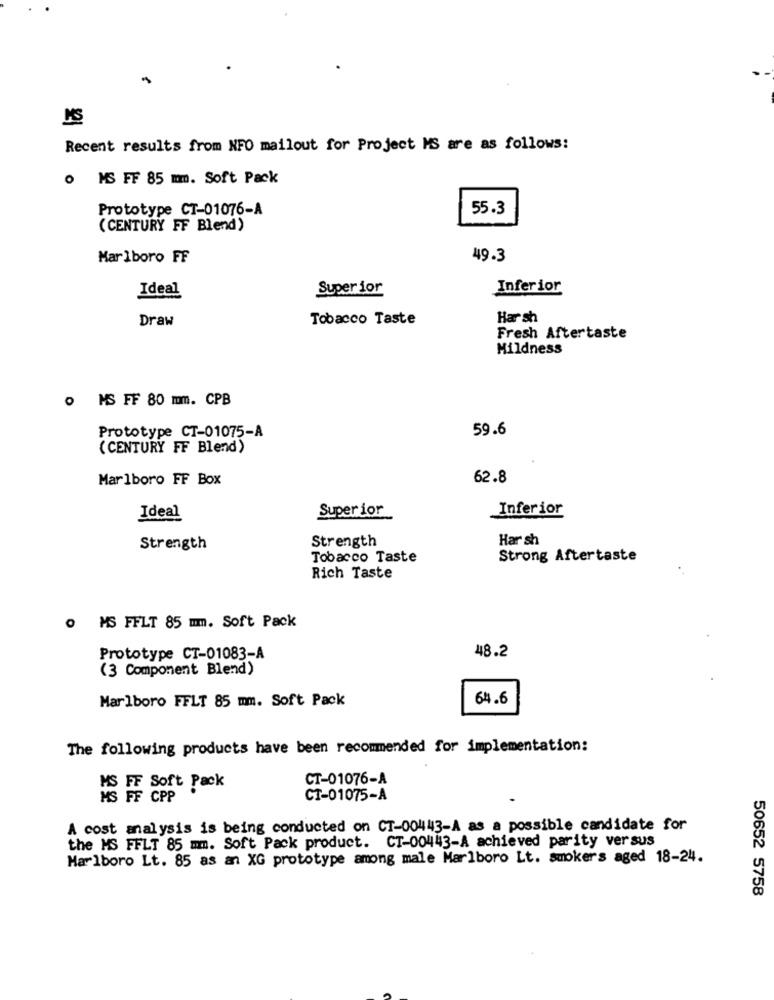
Recent results from NFO mailout for Project MS are as follows:
o MS FF 85 mm. Soft Pack
Prototype CT-01076-A
55.3
( CENTURY FF Blend)
Marlboro FF
49.3
Ideal
Super ior
Inferior
Draw
Tobacco Taste
Har sh
Fresh Aftertaste
Mildness
0 MS FF 80 mm. CPB
59.6
Prototype CT-01075-A
( CENTURY FF Blend)
Marlboro FF Box
62.8
Ideal
Super ior
Inferior
Strength
Har sh
Strength
Tobacco Taste
Strong Aftertaste
Rich Taste
0 MS FFLT 85 mm. Soft Pack
48.2
Prototype CT-01083-A
(3 Component Blend)
Marlboro FFLT 85 mm. Soft Pack
64.6
The following products have been recommended for implementation:
CT-01076-A
MS FF Soft Pack
MS FF CPP
CT-01075-A
A cost analysis is being conducted on CT-00443-A as a possible candidate for
the MS FFLT 85 mm. Soft Pack product. CT-00443-A achieved parity versus
Marlboro Lt. 85 as an XG prototype among male Marlboro Lt. smokers aged 18-24.
50652 5758